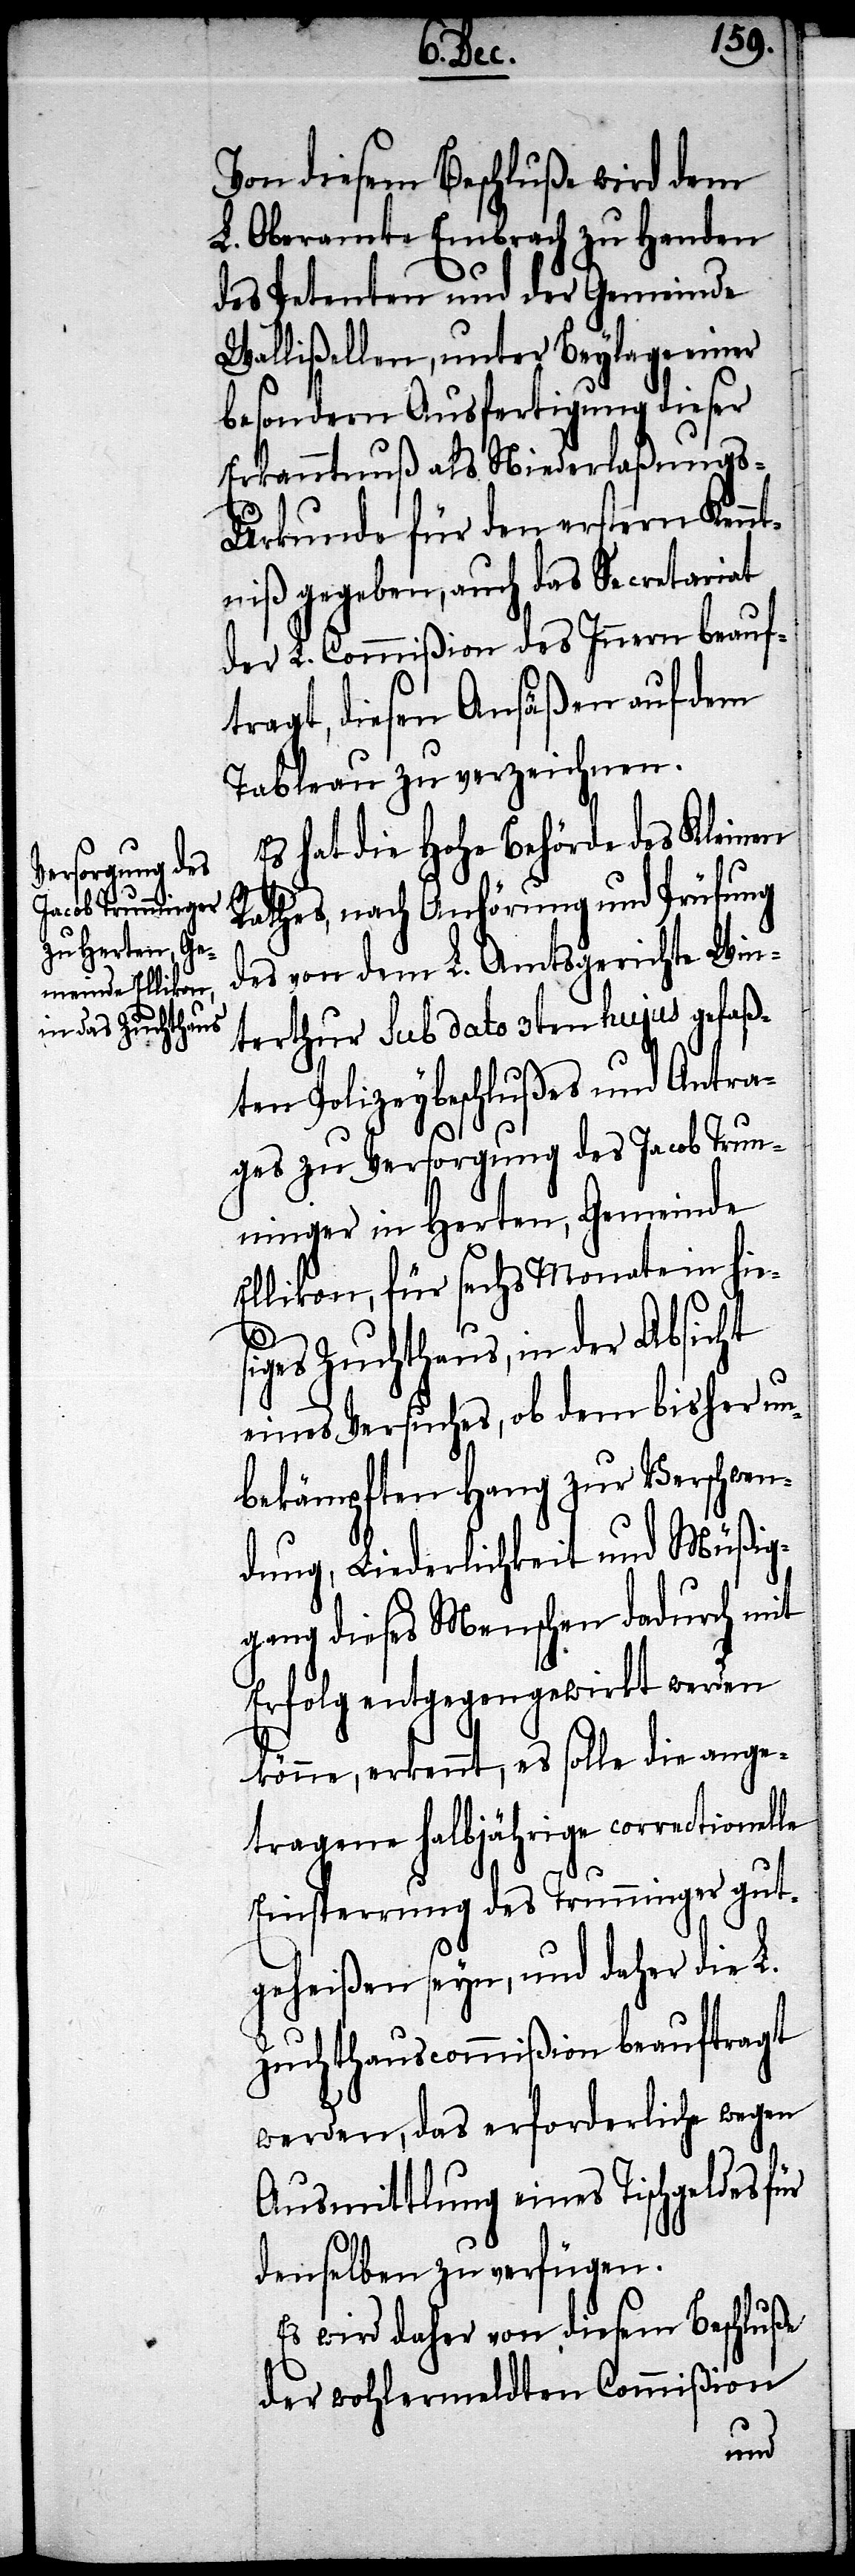
Von diesem Beschluße wird dem
L. Oberamte Embrach zu Handen
des Petenten und der Gemeinde
Wallißellen, unter Beylage einer
besondern Ausfertigung diese
Erkanntnuß als Niederlaßungs-U¬
rkunde für den erstern Kennt¬
niß gegeben, auch das Secretariat
der L. Commißion des Innern beauf¬
tragt, diesen Ansäßen auf dem
Tableau zu verzeichnen.
Es hat die Hohe Behörde des Kleinen
Rathes, nach Anhörung und Prüfung
des von dem L. Amtsgerichte Win¬
terthur sub dato 3ten hujus gefaß¬
ten Polizeybeschlußes und Antra¬
ges zu Versorgung des Jacob Trun¬
ninger in Herten, Gemeinde
Ellikon, für sechs Monate in hie¬
s¬
iges Zuchthaus, in der Absicht
eines Versuches, ob dem bisher un¬
bekämpften Hand zu Verschwen¬
dung, Liederlichkeit und Müßig¬
gang dieses Menschen dadurch mit
Erfolg entgegengewirkt werden
könne, erkennt, es solle die ange¬
tragene halbjährige correctionelle
Einsperrung des Trunninger gut¬
geheißen seyn, und daher die L.
Zuchthauscommißion beauftragt
werden, das erforderliche wegen
Ausmittlung eines Tischgeldes für
denselben zu verfügen.
Es wird daher von diesem Beschluße
der wohlermeldten Commißion